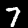
Digit: 7